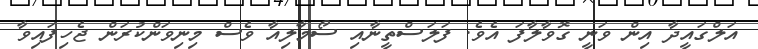
އަލްގައީދާ އިން ވަނީ ގޮވާލާފަ އެވެ. ފަލަސްތީނާއި ސޯމާލިއާ ވެސް މިނިވަންކުރަން ޖެހިފައިވާ